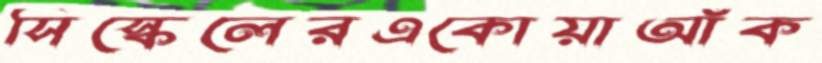
সিস্কেলেরএকোয়াআঁক